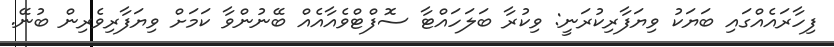
ފިހާރައެއްގައި ބަޔަކު ވިޔަފާރިކުރަނީ: ވިކުރާ ބަލަހައްޓާ ސޮފްޓްވެއާއެއް ބޭނުންވާ ކަމަށް ވިޔަފާރިވެރިން ބުނޭ.